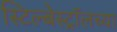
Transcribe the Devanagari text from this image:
स्टिल्बेस्ट्रॉलच्या